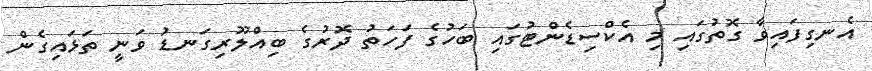
އެނގިފައިވާ ގޮތުގައި މި އެކްސިޑެންޓުގައި ބަހުގެ ފަހަތު ދޮރުގެ ބިއްލޫރިގަނޑު ވަނީ ތަޅައިގެން